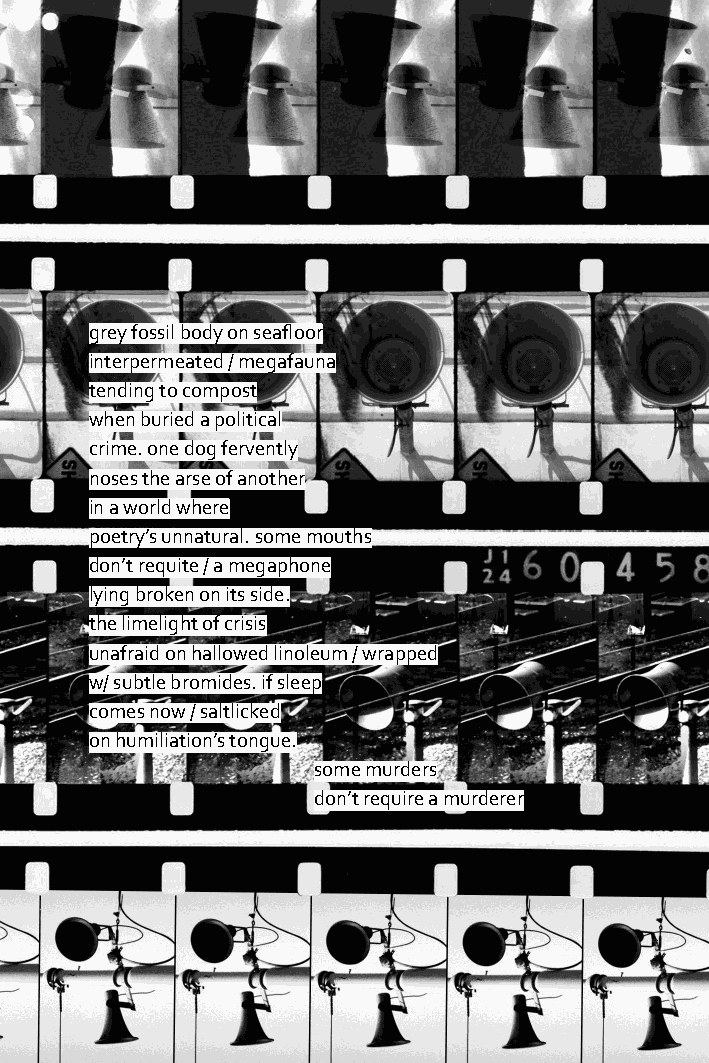
grey fossil body on seafl oor
 interpermeated / megafauna
 tending to compost
 when buried a political
 crime. one dog fervently
 noses the arse of another
 in a world where
 poetry’s unnatural. some mouths
 don’t requite / a megaphone
 lying broken on its side.
 the limelight of crisis
 unafraid on hallowed linoleum / wrapped
 w/ subtle bromides. if sleep
 comes now / saltlicked
 on humiliation’s tongue.
 some murders
 don’t require a murderer
 34